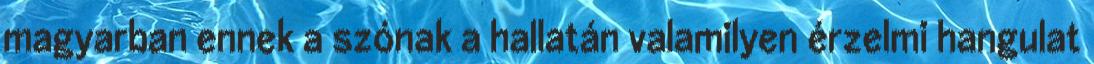
magyarban ennek a szónak a hallatán valamilyen érzelmi hangulat